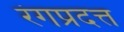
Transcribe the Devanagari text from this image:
रंगप्रदत्त